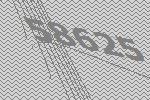
58625